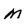
Character: M